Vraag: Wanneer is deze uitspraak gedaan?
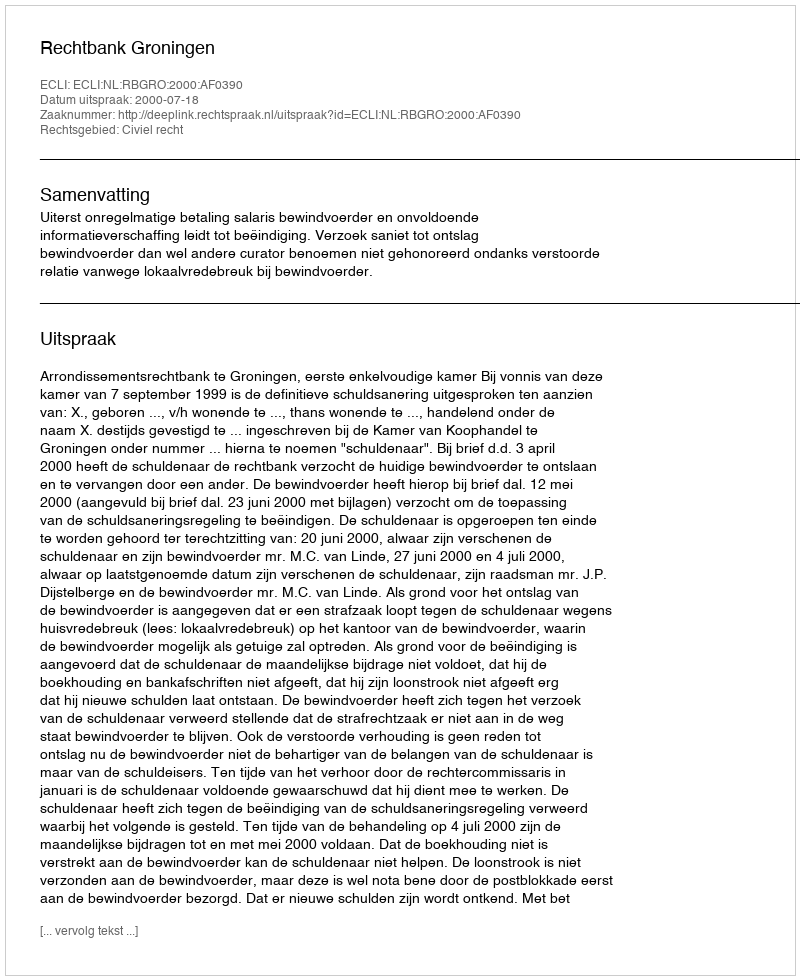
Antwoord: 2000-07-18